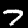
Label: 7